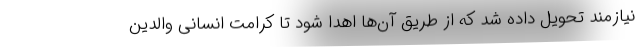
نیازمند تحویل داده شد که از طریق آن‌ها اهدا شود تا کرامت انسانی والدین